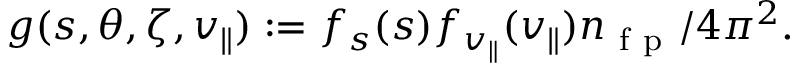
g ( s , \theta , \zeta , v _ { \parallel } ) : = f _ { s } ( s ) f _ { v _ { \parallel } } ( v _ { \parallel } ) n _ { \mathrm { ~ f ~ p ~ } } / 4 \pi ^ { 2 } .